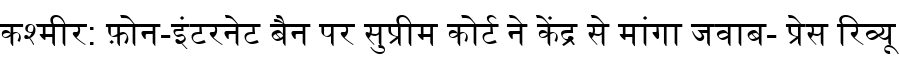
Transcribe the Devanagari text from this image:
कश्मीर: फ़ोन-इंटरनेट बैन पर सुप्रीम कोर्ट ने केंद्र से मांगा जवाब- प्रेस रिव्यू